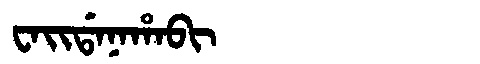
Manchu: ᠸᠠᡳᡩᠠᠨᠠᡥᠠᠪᡳ
Romanization: WAIDANAHABI